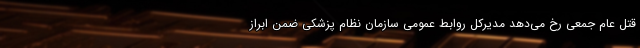
قتل عام جمعی رخ می‌دهد مدیرکل روابط عمومی سازمان نظام پزشکی ضمن ابراز